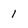
Character: 1